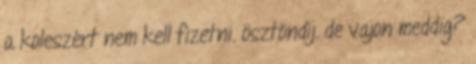
a koleszért nem kell fizetni. ösztöndíj. de vajon meddig?